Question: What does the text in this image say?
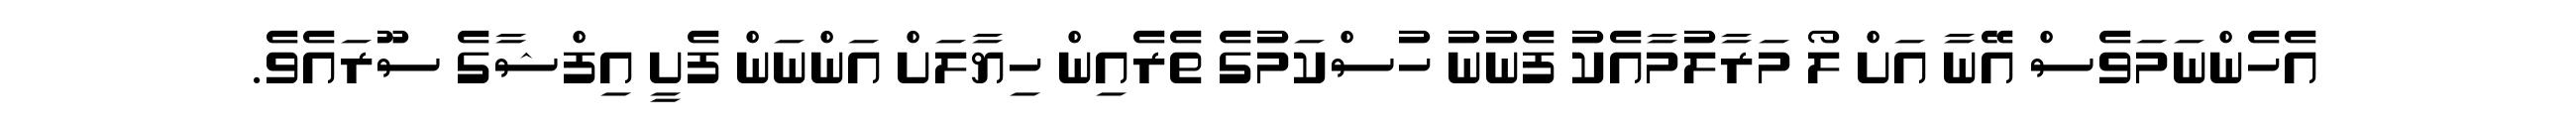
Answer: އެހެންނަމަވެސް އޭނާ އަށް ލޯ މަރާލުމާއެކު ފެނުނު ހުސްކަމުގެ ތެރެއިން ހިޔާލަށް އަންނަން ފެށީ އިފްޝާގެ ސޫރައެވެ.